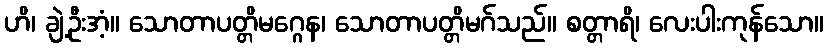
ဟိ၊ ချဲ့ဦးအံ့။ သောတာပတ္တိမဂ္ဂေန၊ သောတာပတ္တိမဂ်သည်။ စတ္တာရိ၊ လေးပါးကုန်သော။